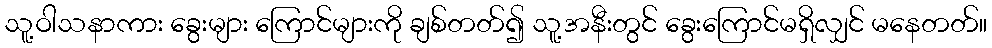
သူ့ဝါသနာကား ခွေးများ ကြောင်များကို ချစ်တတ်၍ သူ့အနီးတွင် ခွေးကြောင်မရှိလျှင် မနေတတ်။